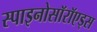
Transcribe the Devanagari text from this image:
स्पाइनोसॉरॉएड्स